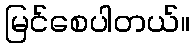
မြင်စေပါတယ်။